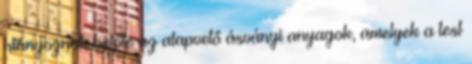
hiányoznak belőle az alapvető ásványi anyagok, amelyek a test